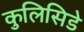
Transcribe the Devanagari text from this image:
कुलिसिडे